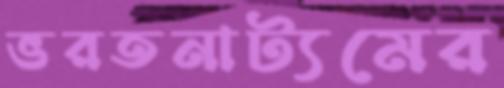
ভরতনাট্যমের